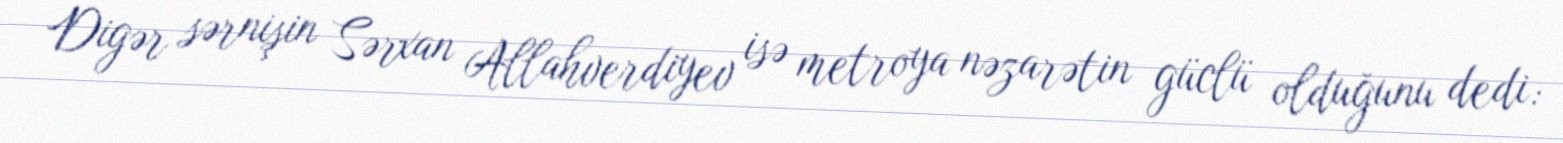
Digər sərnişin Sərxan Allahverdiyev isə metroya nəzarətin güclü olduğunu dedi: